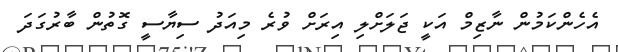
އެހެންކަމުން ނާޒިމް އަކީ ޖަލަށްލި އިރަށް ވުރެ މިއަދު ސިޔާސީ ގޮތުން ބާރުގަދަ